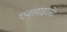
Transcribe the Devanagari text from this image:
एनलाइटमेंट